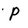
Character: P